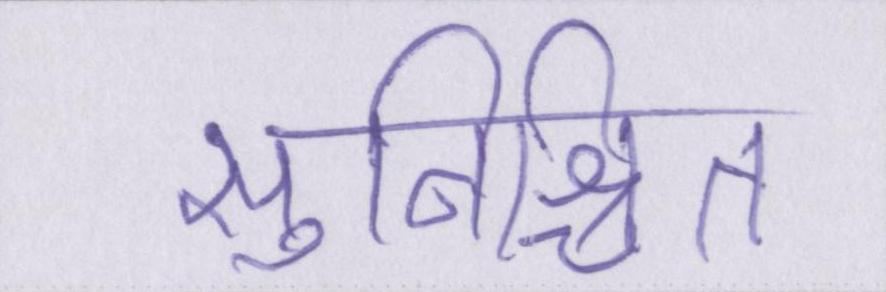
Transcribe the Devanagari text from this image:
सुनिश्चित